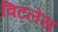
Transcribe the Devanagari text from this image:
विटलेस